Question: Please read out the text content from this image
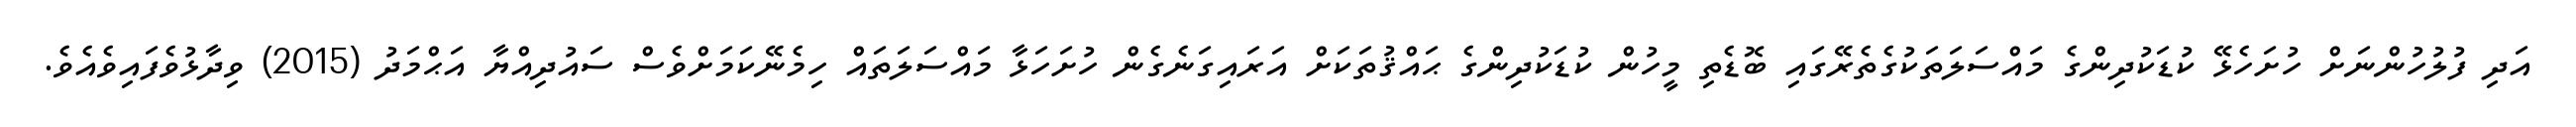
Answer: އަދި ފުލުހުންނަށް ހުށަހެޅޭ ކުޑަކުދިންގެ މައްސަލަތަކުގެތެރޭގައި ބޮޑެތި މީހުން ކުޑަކުދިންގެ ޙައްޤުތަކަށް އަރައިގަނެގެން ހުށަހަޅާ މައްސަލަތައް ހިމެނޭކަމަށްވެސް ސައުދިއްޔާ އަޙްމަދު (2015) ވިދާޅުވެފައިވެއެވެ.